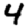
Digit: 4